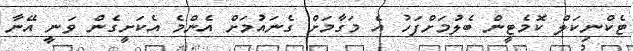
ޓެކްނިކަލް ކޮމެޓީން ބެލުމަށްފަހު އެ މަގާމަށް ގެނައުމަށް އެންމެ އެކަށީގެން ވަނީ އޭނާ